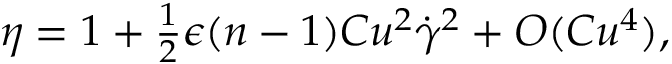
\begin{array} { r } { \eta = 1 + \frac { 1 } { 2 } \epsilon ( n - 1 ) C u ^ { 2 } \dot { \gamma } ^ { 2 } + O ( C u ^ { 4 } ) , } \end{array}